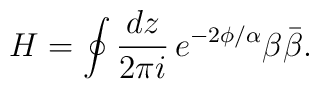
H = \oint {dz \over 2\pi i}\, e^{-2\phi/\alpha} \beta\bar\beta.